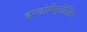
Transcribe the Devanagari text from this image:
इन्डोमिट्रोसिस